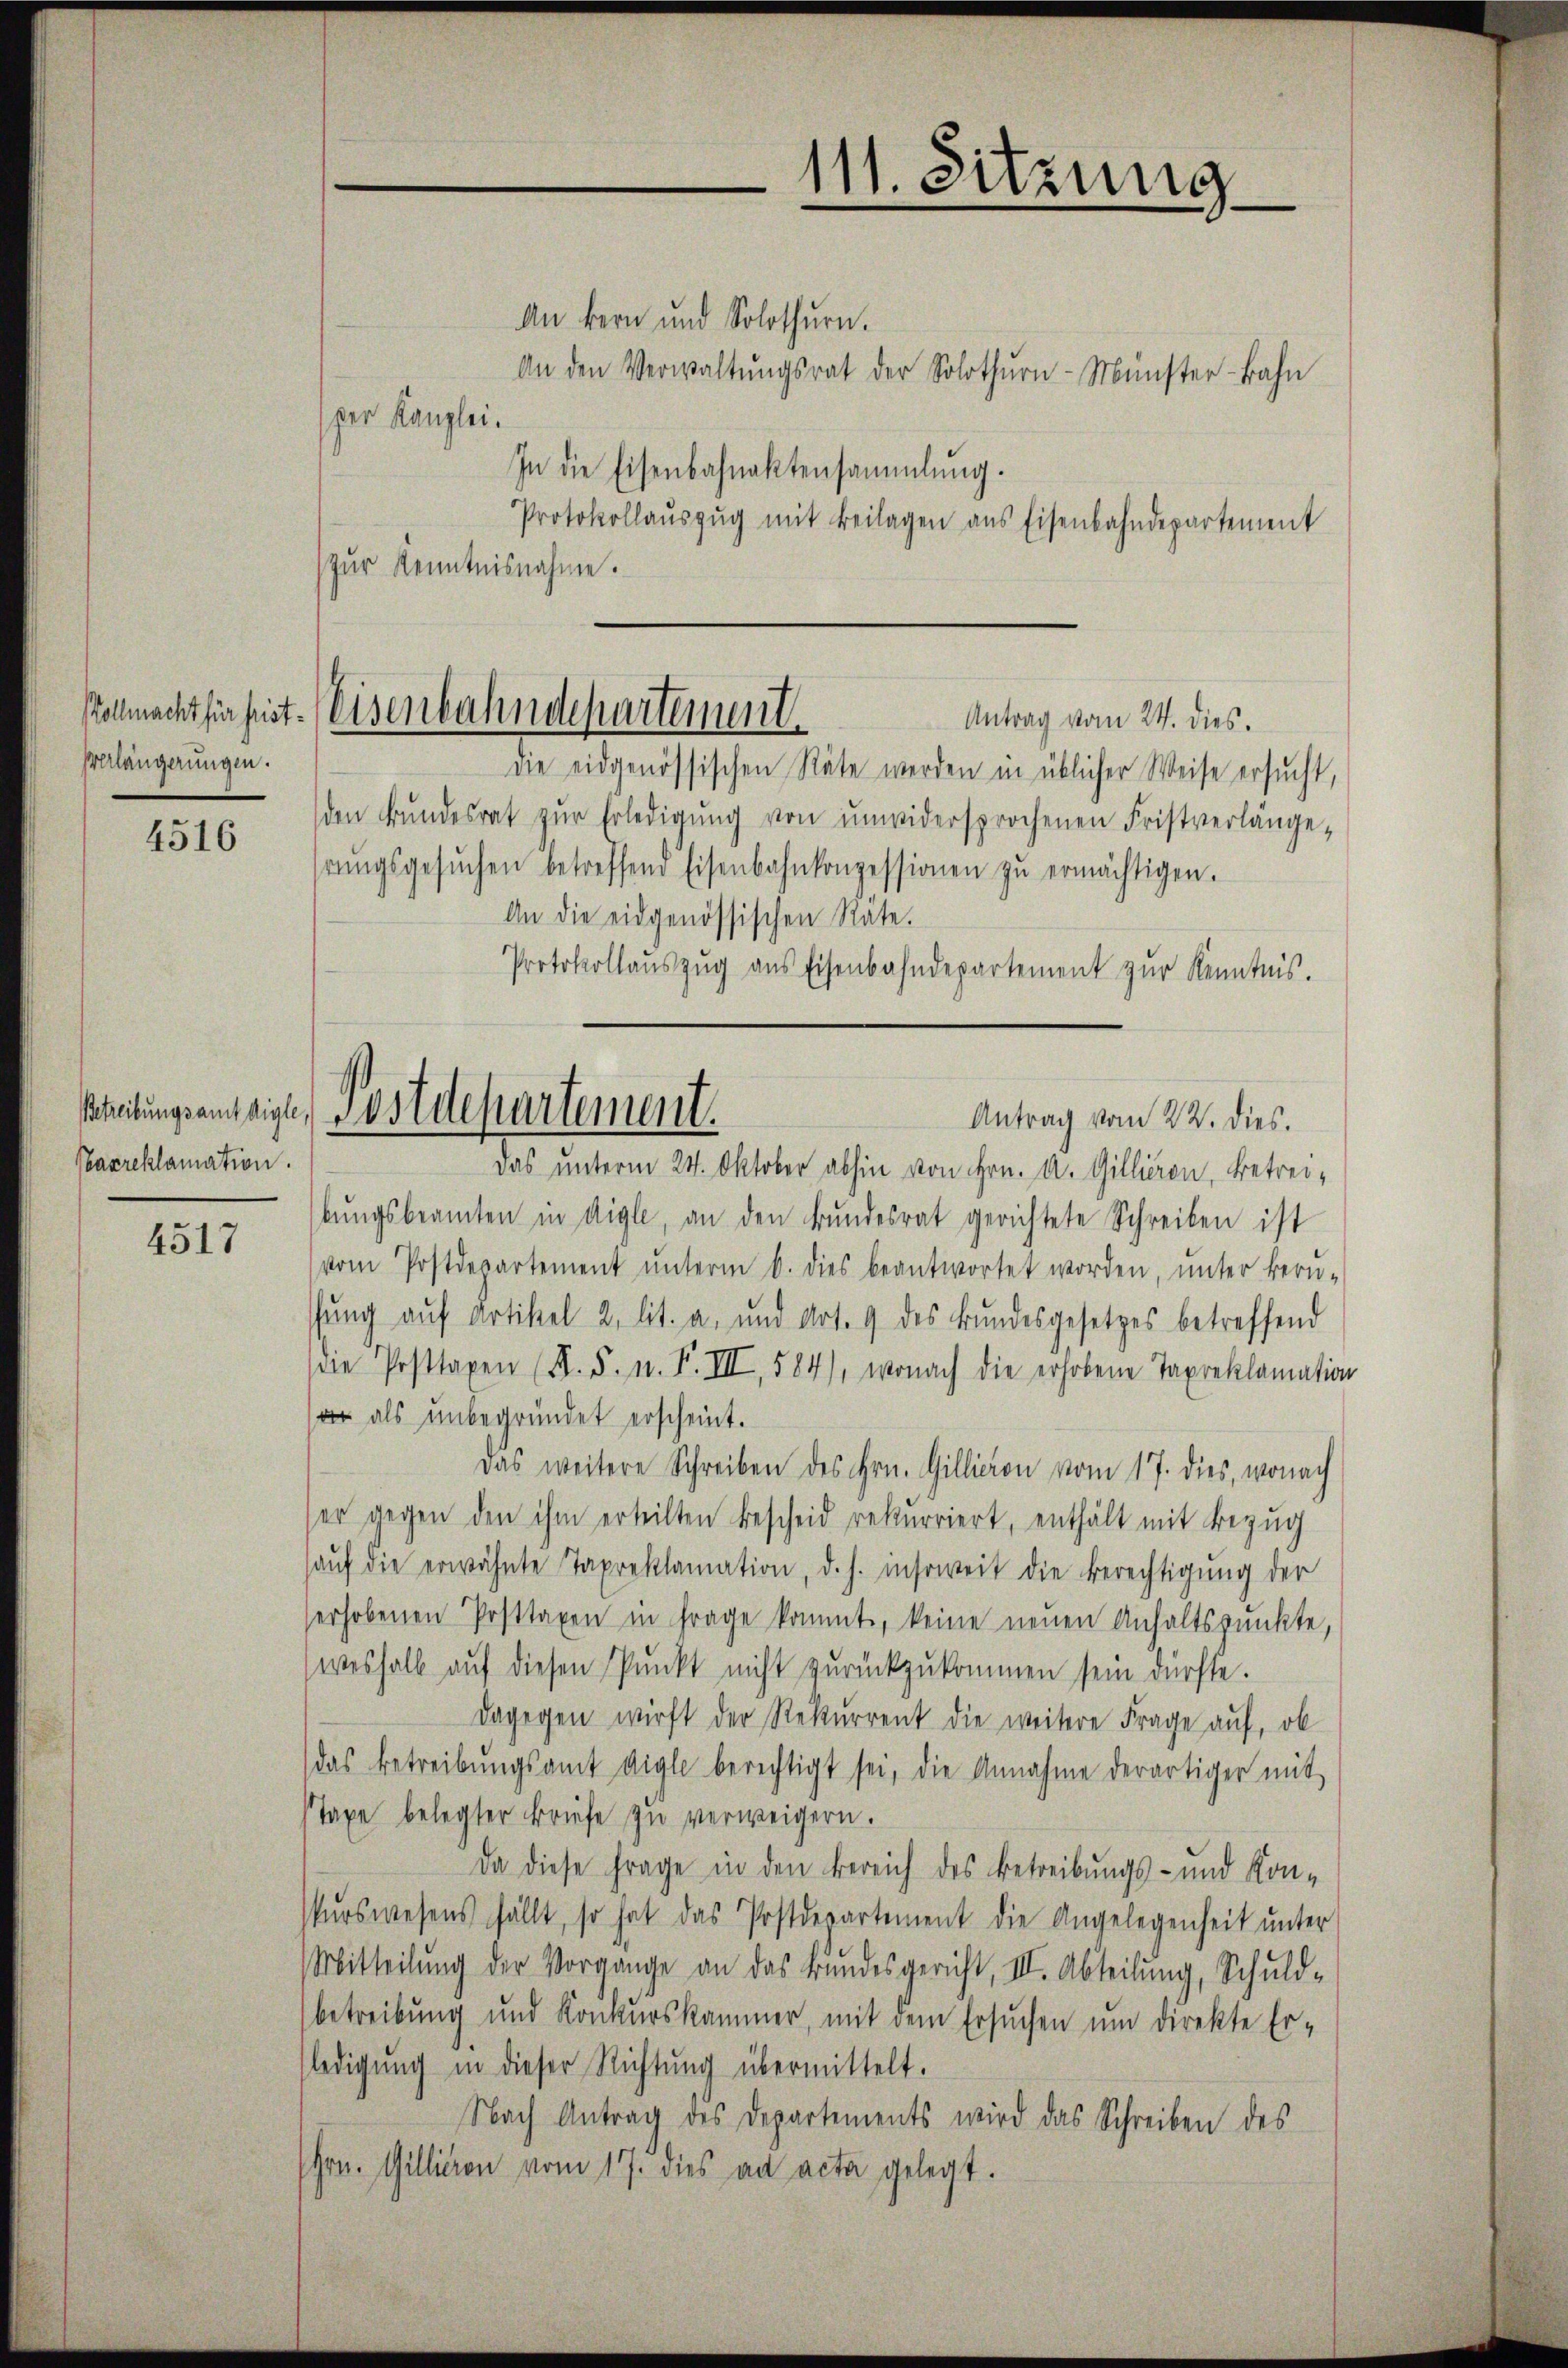
Vollmacht für frist.
Verlängerungen.

4516

axreklamation.

4517

An bern und Solothurn.
An den Verwaltŭngsrat der Solothŭrn-Münster-Bahn
per Kanzlei.
In die Eisenbahnaktensammlung.
Protokollaŭszŭg mit Beilagen aus Eisenbahndepartement
zŭr Kenntnisnahme.

Eisenbahndepartement.
Antrag vom 24. dies.

Streitungsamteige, Jostdepartement.

die eidgenössischen Räte werden in üblicher Weise ersucht,
den Bŭndesrat zŭr Erledigŭng von unwidersprochenen Fristverlängerŭngsgesŭchen betreffend Eisenbahnkonzessionen zŭ ermächtigen.
An die eidgenössischen Räte.
Protokollaŭszŭg ans Eisenbahndepartement zŭr Kenntnis.
Das unterm 24. Oktober abhin von Hrn. A. Gilliren, betreibŭngsbeamten in Aigle, an den Bŭndesrat gerichtete Schreiben ist
vom Postdepartement ŭnterm 6. dies beantwortet worden, unter beru-
fung auf Artikel 2. lit. a. und Art. 9 des Bundesgesetzes betreffend
se Posttaxen (S. S. n. F. III, 584), wonach die erhobene Taxreklamation
 als unbegründet erscheint.
Das weitere Schreiben des Hrn. Gillicion vom 17. dies, wonach
ser gegen den ihm erteilten Bescheid rekurriert, enthält mit Bezug
aŭf die erwähnte Taxreklamation, d. h. insoweit die Berechtigŭng der
erhobenen Posttaxen in Frage kommt, keine neuen Anhaltspunkte,
weshalb aŭf diesen Pŭnkt nicht zurückzŭkommen sein dürfte.
dagegen wirft der Rekurrent die weitere Frage auf, ob
das Betreibŭngsamt Aigle berechtigt sei, die Annahme derartiger mit
Taxe belegter Briefe zu verweigern.
Da diese Frage in den Bereich des Betreibungs- und Kon-
kŭrswesens fällt, so hat das Postdepartement die Angelegenheit ŭnter
Mitteilŭng der Vorgange an das Bŭndesgericht, III. Abteilŭng, Schuld-
betreibung und Konkurskammer, mit dem Ersŭchen ŭm direkte Er-
(ledigung in dieser Richtung übermittelt.
Nach Antrag des Departements wird das Schreiben des
hrn. Gillieren vom 17. dies ad acta gelegt.

111. Sitzung

Antrag vom 22. dies.